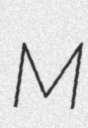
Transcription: M